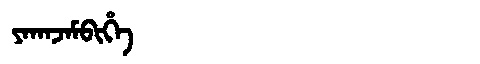
Manchu: ᠶᠠᡴᠠᠵᠠᠮᠪᡳᡥᡝ
Romanization: YAKAJAMBIHE